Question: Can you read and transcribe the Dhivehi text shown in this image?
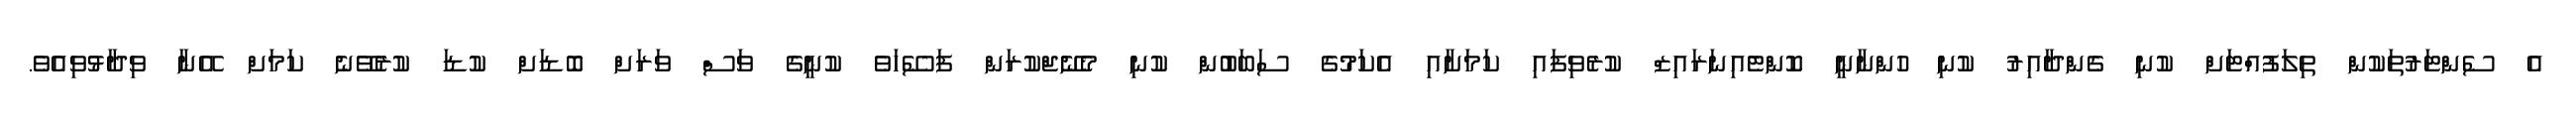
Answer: އެ ސެންޓަރުތަކުން ތިލަފުއްޓަށް ކުނި ގެންދާއިރު ކުނި ހުންނާނީ ކޮންޓެއިނަރައިޒް ކުރެވިފައި ކަމަށާއި އެކަމުގެ ސަބަބުން ކުނި މެނޭޖްކުރަން ފަސޭހަވެ ކުނީގެ ވަސް ވަރަށް ބޮޑަށް ކުޑަ ކުރެވޭނެ ކަމަށް އޭނާ ވިދާޅުވިއެވެ.